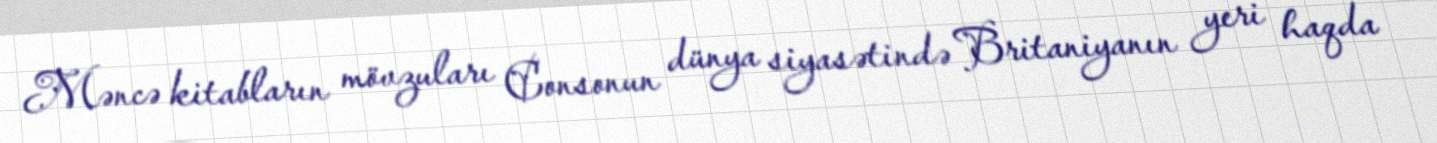
Məncə kitabların mövzuları Consonun dünya siyasətində Britaniyanın yeri haqda